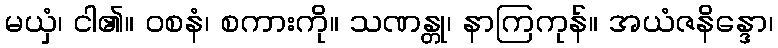
မယှံ၊ ငါ၏။ ဝစနံ၊ စကားကို။ သဏန္တု၊ နာကြကုန်။ အယံဇနိန္ဒော၊